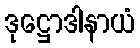
ဒုဋ္ဌောဒါနာယံ